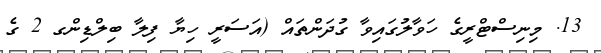
13. މިނިސްޓްރީގެ ހަވާލުގައިވާ ގުދަންތައް (އަސަރީ ހިޔާ ފިލާ ބިލްޑިންގ 2 ގެ